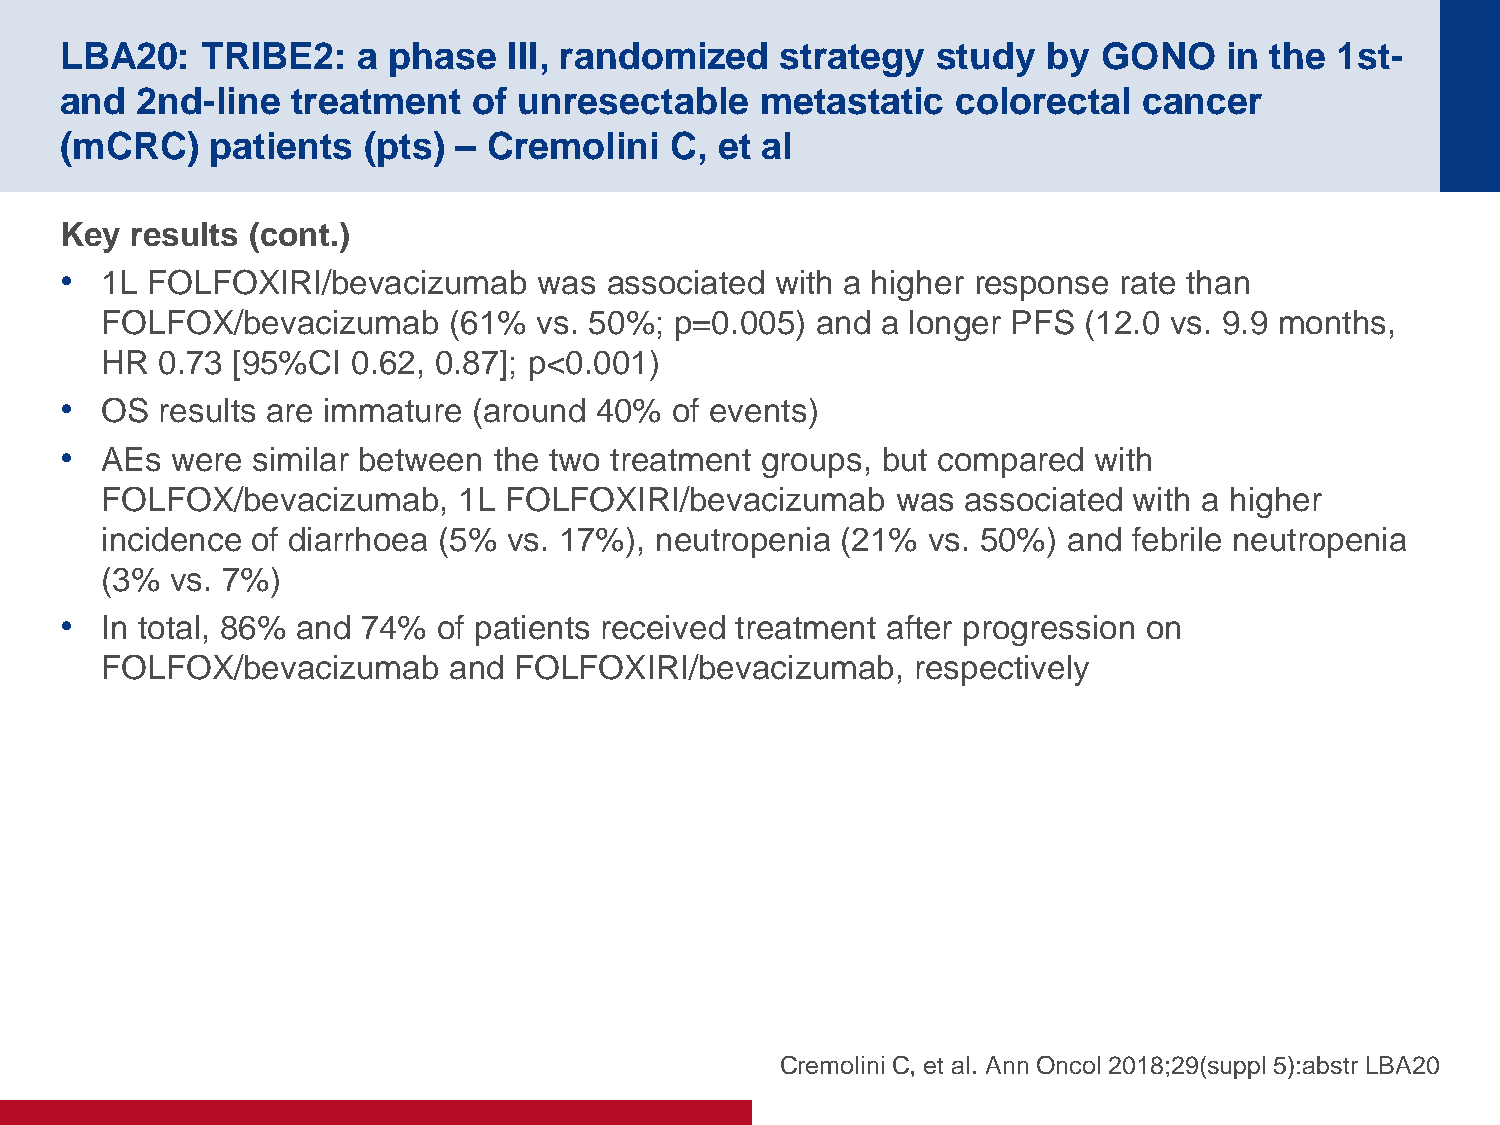
LBA20:   TRIBE2:    a phase   III, randomized   strategy  study  by  GONO    in the 1st-
 and  2nd-line  treatment   of unresectable    metastatic   colorectal   cancer
 (mCRC)    patients  (pts) – Cremolini   C,  et al
 Key  results (cont.)
 •  1L FOLFOXIRI/bevacizumab     was associated with a higher response rate than
 FOLFOX/bevacizumab     (61%  vs. 50%; p=0.005) and a longer PFS  (12.0 vs. 9.9 months,
 HR 0.73 [95%CI  0.62, 0.87]; p<0.001)
 •  OS results are immature (around 40%  of events)
 •  AEs were  similar between the two treatment groups, but compared with
 FOLFOX/bevacizumab,    1L FOLFOXIRI/bevacizumab     was  associated with a higher
 incidence of diarrhoea (5% vs. 17%), neutropenia (21% vs. 50%)  and febrile neutropenia
 (3% vs. 7%)
 •  In total, 86% and 74% of patients received treatment after progression on
 FOLFOX/bevacizumab     and FOLFOXIRI/bevacizumab,     respectively
 Cremolini C, et al. Ann Oncol 2018;29(suppl 5):abstr LBA20